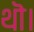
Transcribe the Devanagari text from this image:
थॊ।